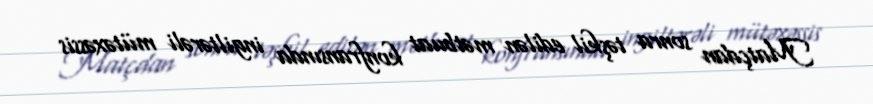
Matçdan sonra təşkil edilən mətbuat konfransında ingiltərəli mütəxəssis